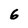
Character: 6